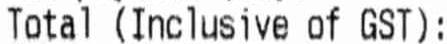
TOTAL (INCLUSIVE OF GST):